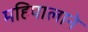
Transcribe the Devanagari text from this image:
महिपालाने